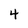
Character: 4